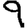
Digit: 9